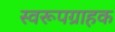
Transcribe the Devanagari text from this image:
स्वरूपग्राहक